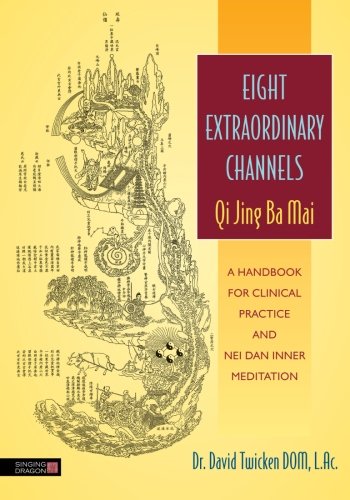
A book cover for Eight Extraordinary Channels - Qi Jing Ba Mai: A Handbook for Clinical Practice and Nei Dan Inner Meditation; David Twicken; Health, Fitness & Dieting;